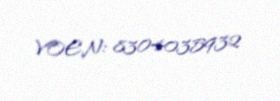
VOEN: 8304035932